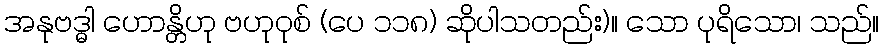
အနုဗဒ္ဓါ ဟောန္တိဟု ဗဟုဝုစ် (ပေ ၁၁၈) ဆိုပါသတည်း)။ သော ပုရိသော၊ သည်။